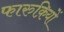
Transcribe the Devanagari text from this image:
फारुक़ियों